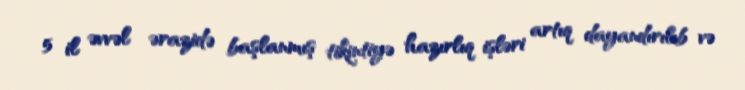
5 il əvvəl ərazidə başlanmış tikintiyə hazırlıq işləri artıq dayandırılıb və